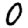
Digit: 0